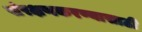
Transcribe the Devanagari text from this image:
संरक्षणकरण्यासाठी